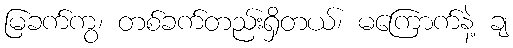
မြခက်ကွ၊ တစ်ခက်တည်းရှိတယ်၊ မကြောက်နဲ့ ချ